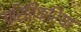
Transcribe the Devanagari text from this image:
प्रितिक्रिया